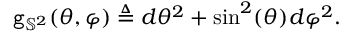
\mathtt { g } _ { \mathbb { S } ^ { 2 } } ( \theta , \varphi ) \triangleq d \theta ^ { 2 } + \sin ^ { 2 } ( \theta ) d \varphi ^ { 2 } .